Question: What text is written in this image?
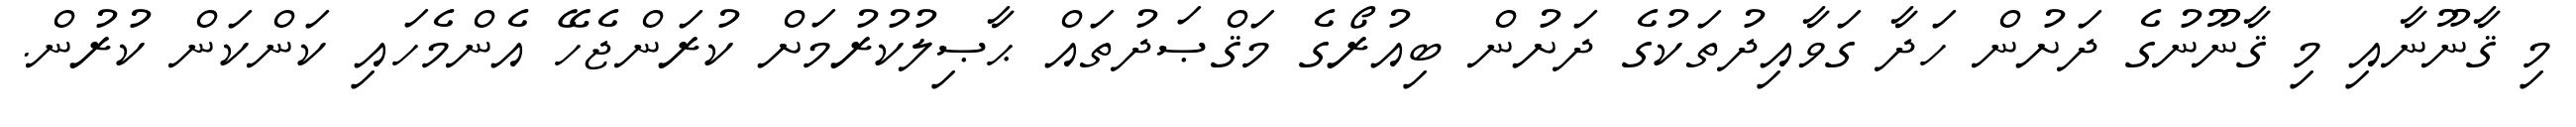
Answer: މި ޤާނޫނާއި މި ޤާނޫނުގެ ދަށުން ހަދާ ގަވާއިދުތަކުގެ ދަށުން ބިއުރޯގެ މަޤްޞަދުތައް ޙާޞިލުކުރުމަށް ކުރަންޖެހޭ އެންމެހައި ކަންކަން ކުރުން.